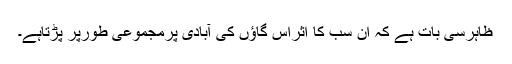
ظاہرسی بات ہے کہ ان سب کا اثراس گاؤں کی آبادی پرمجموعی طورپر پڑتاہے۔